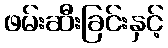
ဖမ်းဆီးခြင်းနှင့်